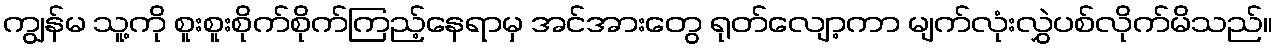
ကျွန်မ သူ့ကို စူးစူးစိုက်စိုက်ကြည့်နေရာမှ အင်အားတွေ ရုတ်လျော့ကာ မျက်လုံးလွှဲပစ်လိုက်မိသည်။